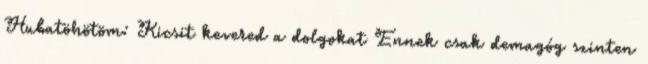
Hubatöhötöm: Kicsit kevered a dolgokat Ennek csak demagóg szinten